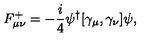
F _ { \mu \nu } ^ { + } = - \frac { i } { 4 } \psi ^ { \dag } [ \gamma _ { \mu } , \gamma _ { \nu } ] \psi ,